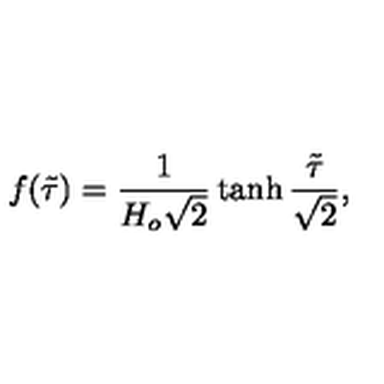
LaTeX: f ( \tilde { \tau } ) = \frac { 1 } { H _ { o } \sqrt { 2 } } \tanh \frac { \tilde { \tau } } { \sqrt { 2 } } ,